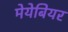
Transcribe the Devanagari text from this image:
मेयेबियर